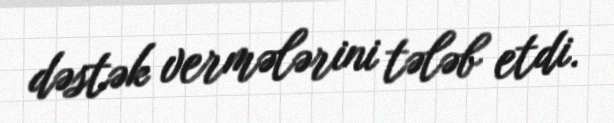
dəstək vermələrini tələb etdi.